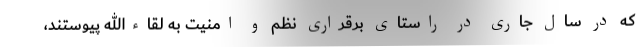
که در سال جاری در راستای برقراری نظم و امنیت به لقاءالله پیوستند،